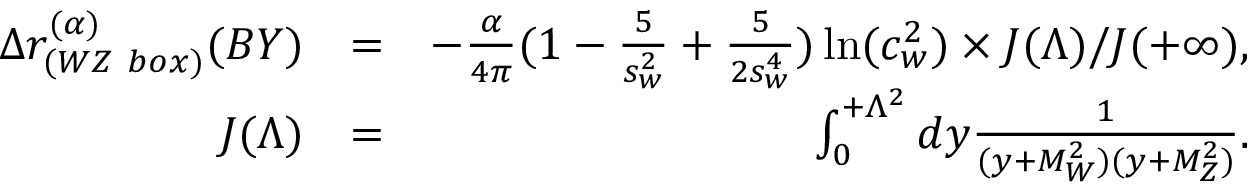
\begin{array} { r l r } { \Delta r _ { ( W Z \ b o x ) } ^ { ( \alpha ) } ( B Y ) } & { = } & { - \frac { \alpha } { 4 \pi } ( 1 - \frac { 5 } { s _ { w } ^ { 2 } } + \frac { 5 } { 2 s _ { w } ^ { 4 } } ) \ln ( c _ { w } ^ { 2 } ) \times J ( \Lambda ) / J ( + \infty ) , } \\ { J ( \Lambda ) } & { = } & { \int _ { 0 } ^ { + \Lambda ^ { 2 } } d y \frac { 1 } { ( y + M _ { W } ^ { 2 } ) ( y + M _ { Z } ^ { 2 } ) } . } \end{array}